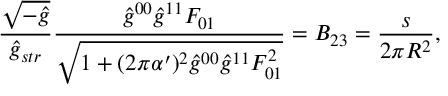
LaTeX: \frac { \sqrt { - \hat { g } } } { \hat { g } _ { s t r } } \frac { \hat { g } ^ { 0 0 } \hat { g } ^ { 1 1 } F _ { 0 1 } } { \sqrt { 1 + ( 2 \pi \alpha ^ { \prime } ) ^ { 2 } \hat { g } ^ { 0 0 } \hat { g } ^ { 1 1 } F _ { 0 1 } ^ { 2 } } } = B _ { 2 3 } = \frac { s } { 2 \pi R ^ { 2 } } ,